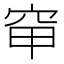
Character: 䆘